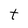
Character: t